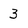
Character: 3